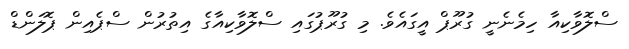
ސްލޮވާކިއާ ހިމެނެނީ ގުރޫޕް އީގައެވެ. މި ގުރޫޕުގައި ސްލޮވާކިއާގެ އިތުރުން ސްޕެއިން ޕޮލަންޑް